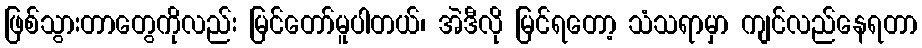
ဖြစ်သွားတာတွေကိုလည်း မြင်တော်မူပါတယ်၊ အဲဒီလို မြင်ရတော့ သံသရာမှာ ကျင်လည်နေရတာ